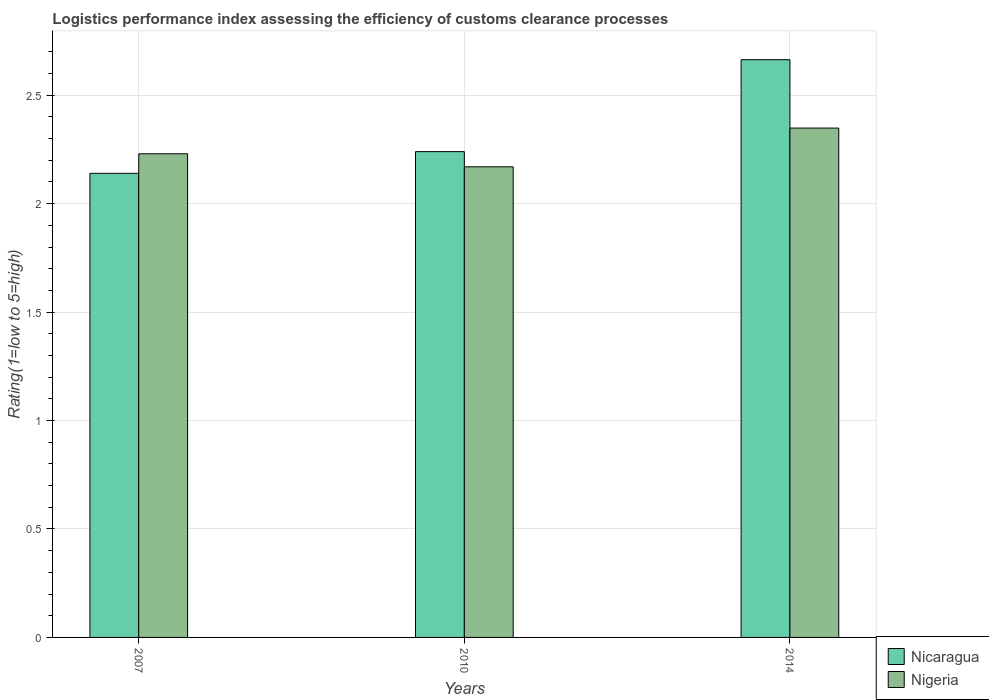
| Years | Nicaragua | Nigeria |
 | --- | --- | --- |
 | 2007 | 2.14 | 2.23 |
 | 2010 | 2.24 | 2.17 |
 | 2014 | 2.66 | 2.35 |